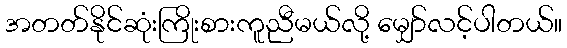
အတတ်နိုင်ဆုံးကြိုးစားကူညီမယ်လို့ မျှော်လင့်ပါတယ်။